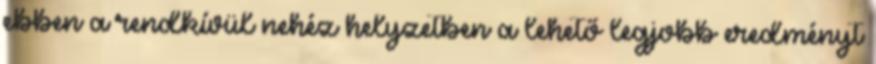
ebben a rendkívül nehéz helyzetben a lehető legjobb eredményt